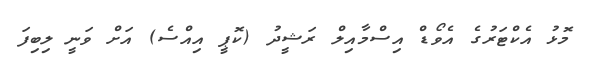
މޮޅު އެކްޓަރުގެ އެވޯޑް އިސްމާއިލް ރަޝީދު (ކޮޕީ އިއްސެ) އަށް ވަނީ ލިބިފަ